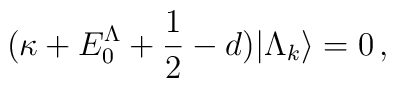
(\kappa +E_0^\Lambda+\frac{1}{2}-d)|\Lambda_k\rangle=0\,,